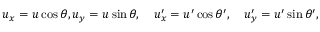
u _ { x } = u \cos \theta , u _ { y } = u \sin \theta , \quad u _ { x } ^ { \prime } = u ^ { \prime } \cos \theta ^ { \prime } , \quad u _ { y } ^ { \prime } = u ^ { \prime } \sin \theta ^ { \prime } ,